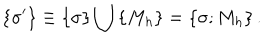
LaTeX: \left\{ \sigma ^ { \prime } \right\} \equiv \left\{ \sigma \right\} \bigcup \left\{ M _ { h } \right\} = \left\{ \sigma ; M _ { h } \right\} .